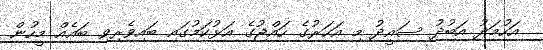
އަހުމަދު އަބުދު ސައީދު މި އަހަރުގެ ހައްޖުގެ އަޅުކަމުގައި ބައިވެރިވި ބައެއް މީހުން